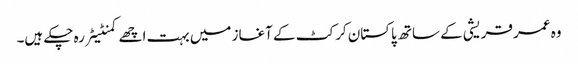
وہ عمر قریشی کے ساتھ پاکستان کرکٹ کے آغاز میں بہت اچھے کمنٹیٹر رہ چکے ہیں۔